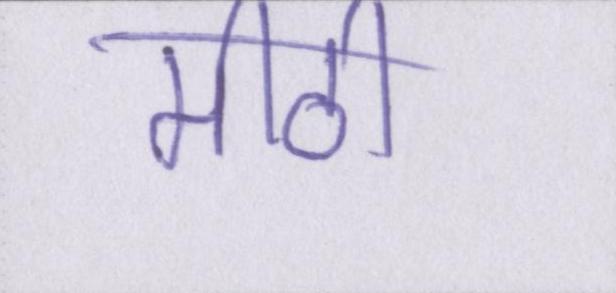
मीठी